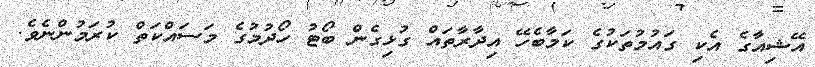
އޭޝިއާގެ އެކި ގައުމުތަކުގެ ކަމާބެހޭ އިދާރާތައް ގުޅިގެން ބޯޓު ހޯދުމުގެ މަސައްކަތް ކުރަމުންނެވެ.